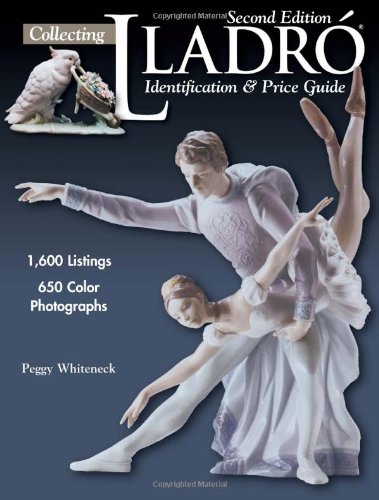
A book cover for Collecting Lladro: Identification & Price Guide; Peggy Whiteneck; Crafts, Hobbies & Home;